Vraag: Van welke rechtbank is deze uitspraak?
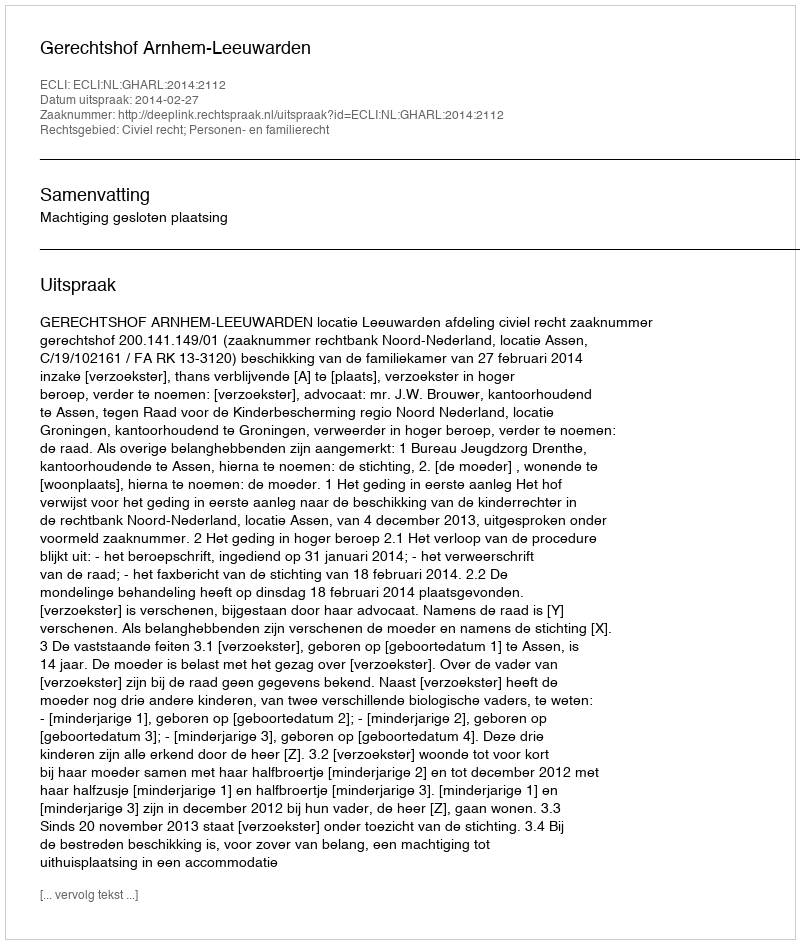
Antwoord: Gerechtshof Arnhem-Leeuwarden